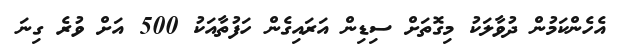
އެހެންކަމުން ދުވާލަކު މިގޮތަށް ސިޑިން އަރައިގެން ހަފުތާއަކު 500 އަށް ވުރެ ގިނަ